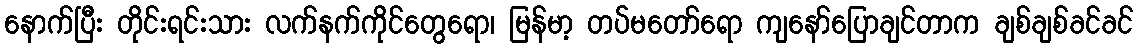
နောက်ပြီး တိုင်းရင်းသား လက်နက်ကိုင်တွေရော၊ မြန်မာ့ တပ်မတော်ရော ကျနော်ပြောချင်တာက ချစ်ချစ်ခင်ခင်